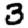
Digit: 3